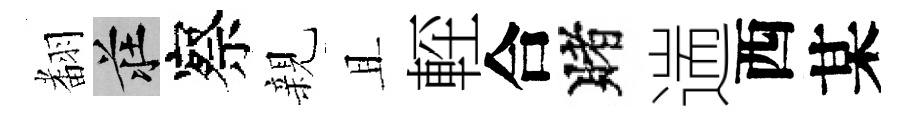
𮋒莊察親且䡖合賭遄西某